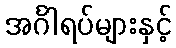
အင်္ဂါရပ်များနှင့်